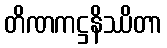
တိဏကဋ္ဌနိဿိတာ